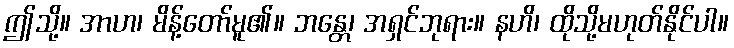
ဤသို့။ အာဟ၊ မိန့်တော်မူ၏။ ဘန္တေ၊ အရှင်ဘုရား။ နဟိ၊ ထိုသို့မဟုတ်နိုင်ပါ။